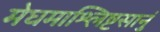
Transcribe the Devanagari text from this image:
मेघमाश्लिष्टसानुं